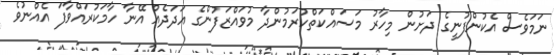
ނަމަވެސް އެކުންފުނީގެ ދަށުން މިހާރު މަސައްކަތްކުރަމުންދާ މުވައްޒަފުންގެ އަދަދެއް އޭނާ ހާމަކުރައްވާފަ އެއްނުވެ